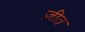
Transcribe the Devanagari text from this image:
ज़ीत